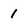
Character: 1